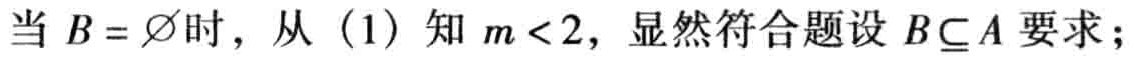
当 \(B = \varnothing\) 时，从（1）知 \(m < 2\)，显然符合题设 \(B\subseteq A\) 要求；